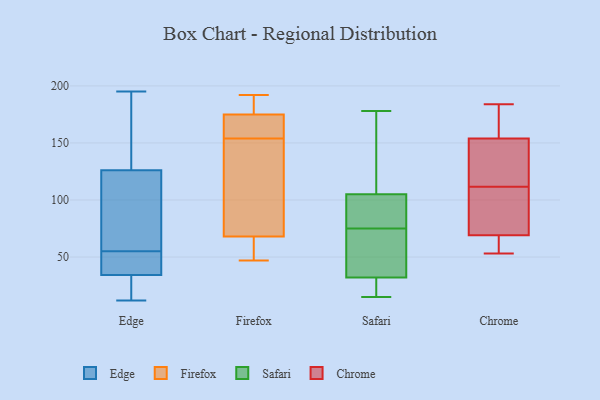
{"axis": {"x": "Satisfaction Score", "y": "Value"}, "legend": ["Chrome", "Edge", "Firefox", "Safari"], "data": [{"x": "", "y": 47, "type": "Edge"}, {"x": "", "y": 55, "type": "Edge"}, {"x": "", "y": 66, "type": "Edge"}, {"x": "", "y": 47, "type": "Edge"}, {"x": "", "y": 23, "type": "Edge"}, {"x": "", "y": 30, "type": "Edge"}, {"x": "", "y": 72, "type": "Edge"}, {"x": "", "y": 192, "type": "Edge"}, {"x": "", "y": 144, "type": "Edge"}, {"x": "", "y": 195, "type": "Edge"}, {"x": "", "y": 12, "type": "Edge"}, {"x": "", "y": 160, "type": "Firefox"}, {"x": "", "y": 61, "type": "Firefox"}, {"x": "", "y": 192, "type": "Firefox"}, {"x": "", "y": 148, "type": "Firefox"}, {"x": "", "y": 68, "type": "Firefox"}, {"x": "", "y": 102, "type": "Firefox"}, {"x": "", "y": 174, "type": "Firefox"}, {"x": "", "y": 180, "type": "Firefox"}, {"x": "", "y": 175, "type": "Firefox"}, {"x": "", "y": 47, "type": "Firefox"}, {"x": "", "y": 26, "type": "Safari"}, {"x": "", "y": 57, "type": "Safari"}, {"x": "", "y": 85, "type": "Safari"}, {"x": "", "y": 20, "type": "Safari"}, {"x": "", "y": 104, "type": "Safari"}, {"x": "", "y": 42, "type": "Safari"}, {"x": "", "y": 121, "type": "Safari"}, {"x": "", "y": 15, "type": "Safari"}, {"x": "", "y": 23, "type": "Safari"}, {"x": "", "y": 90, "type": "Safari"}, {"x": "", "y": 178, "type": "Safari"}, {"x": "", "y": 119, "type": "Safari"}, {"x": "", "y": 129, "type": "Safari"}, {"x": "", "y": 83, "type": "Safari"}, {"x": "", "y": 67, "type": "Safari"}, {"x": "", "y": 20, "type": "Safari"}, {"x": "", "y": 39, "type": "Safari"}, {"x": "", "y": 97, "type": "Safari"}, {"x": "", "y": 38, "type": "Safari"}, {"x": "", "y": 106, "type": "Safari"}, {"x": "", "y": 90, "type": "Chrome"}, {"x": "", "y": 167, "type": "Chrome"}, {"x": "", "y": 61, "type": "Chrome"}, {"x": "", "y": 69, "type": "Chrome"}, {"x": "", "y": 53, "type": "Chrome"}, {"x": "", "y": 109, "type": "Chrome"}, {"x": "", "y": 184, "type": "Chrome"}, {"x": "", "y": 154, "type": "Chrome"}, {"x": "", "y": 126, "type": "Chrome"}, {"x": "", "y": 114, "type": "Chrome"}]}